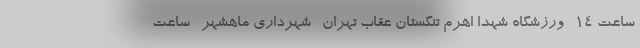
ساعت ۱۴- ورزشگاه شهدا اهرم تنگستان عقاب تهران- شهرداری ماهشهر- ساعت